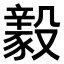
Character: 𣫖